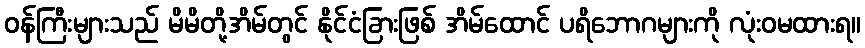
ဝန်ကြီးများသည် မိမိတို့အိမ်တွင် နိုင်ငံခြားဖြစ် အိမ်ထောင် ပရိဘောဂများကို လုံးဝမထားရ။